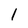
Character: 1